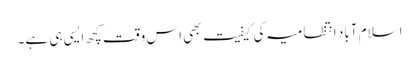
اسلام آباد انتظامیہ کی کیفیت بھی اس وقت کچھ ایسی ہی ہے۔